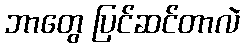
ဘာတွေ ပြင်ဆင်တာလဲ